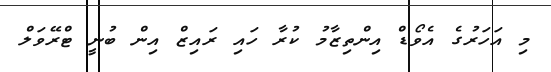
މި އަހަރުގެ އެވޯޑް އިންތިޒާމު ކުރާ ހައި ރައިޒް އިން ބުނީ ޓްރޭވަލް